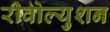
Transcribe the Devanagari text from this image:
रीवोल्युशन